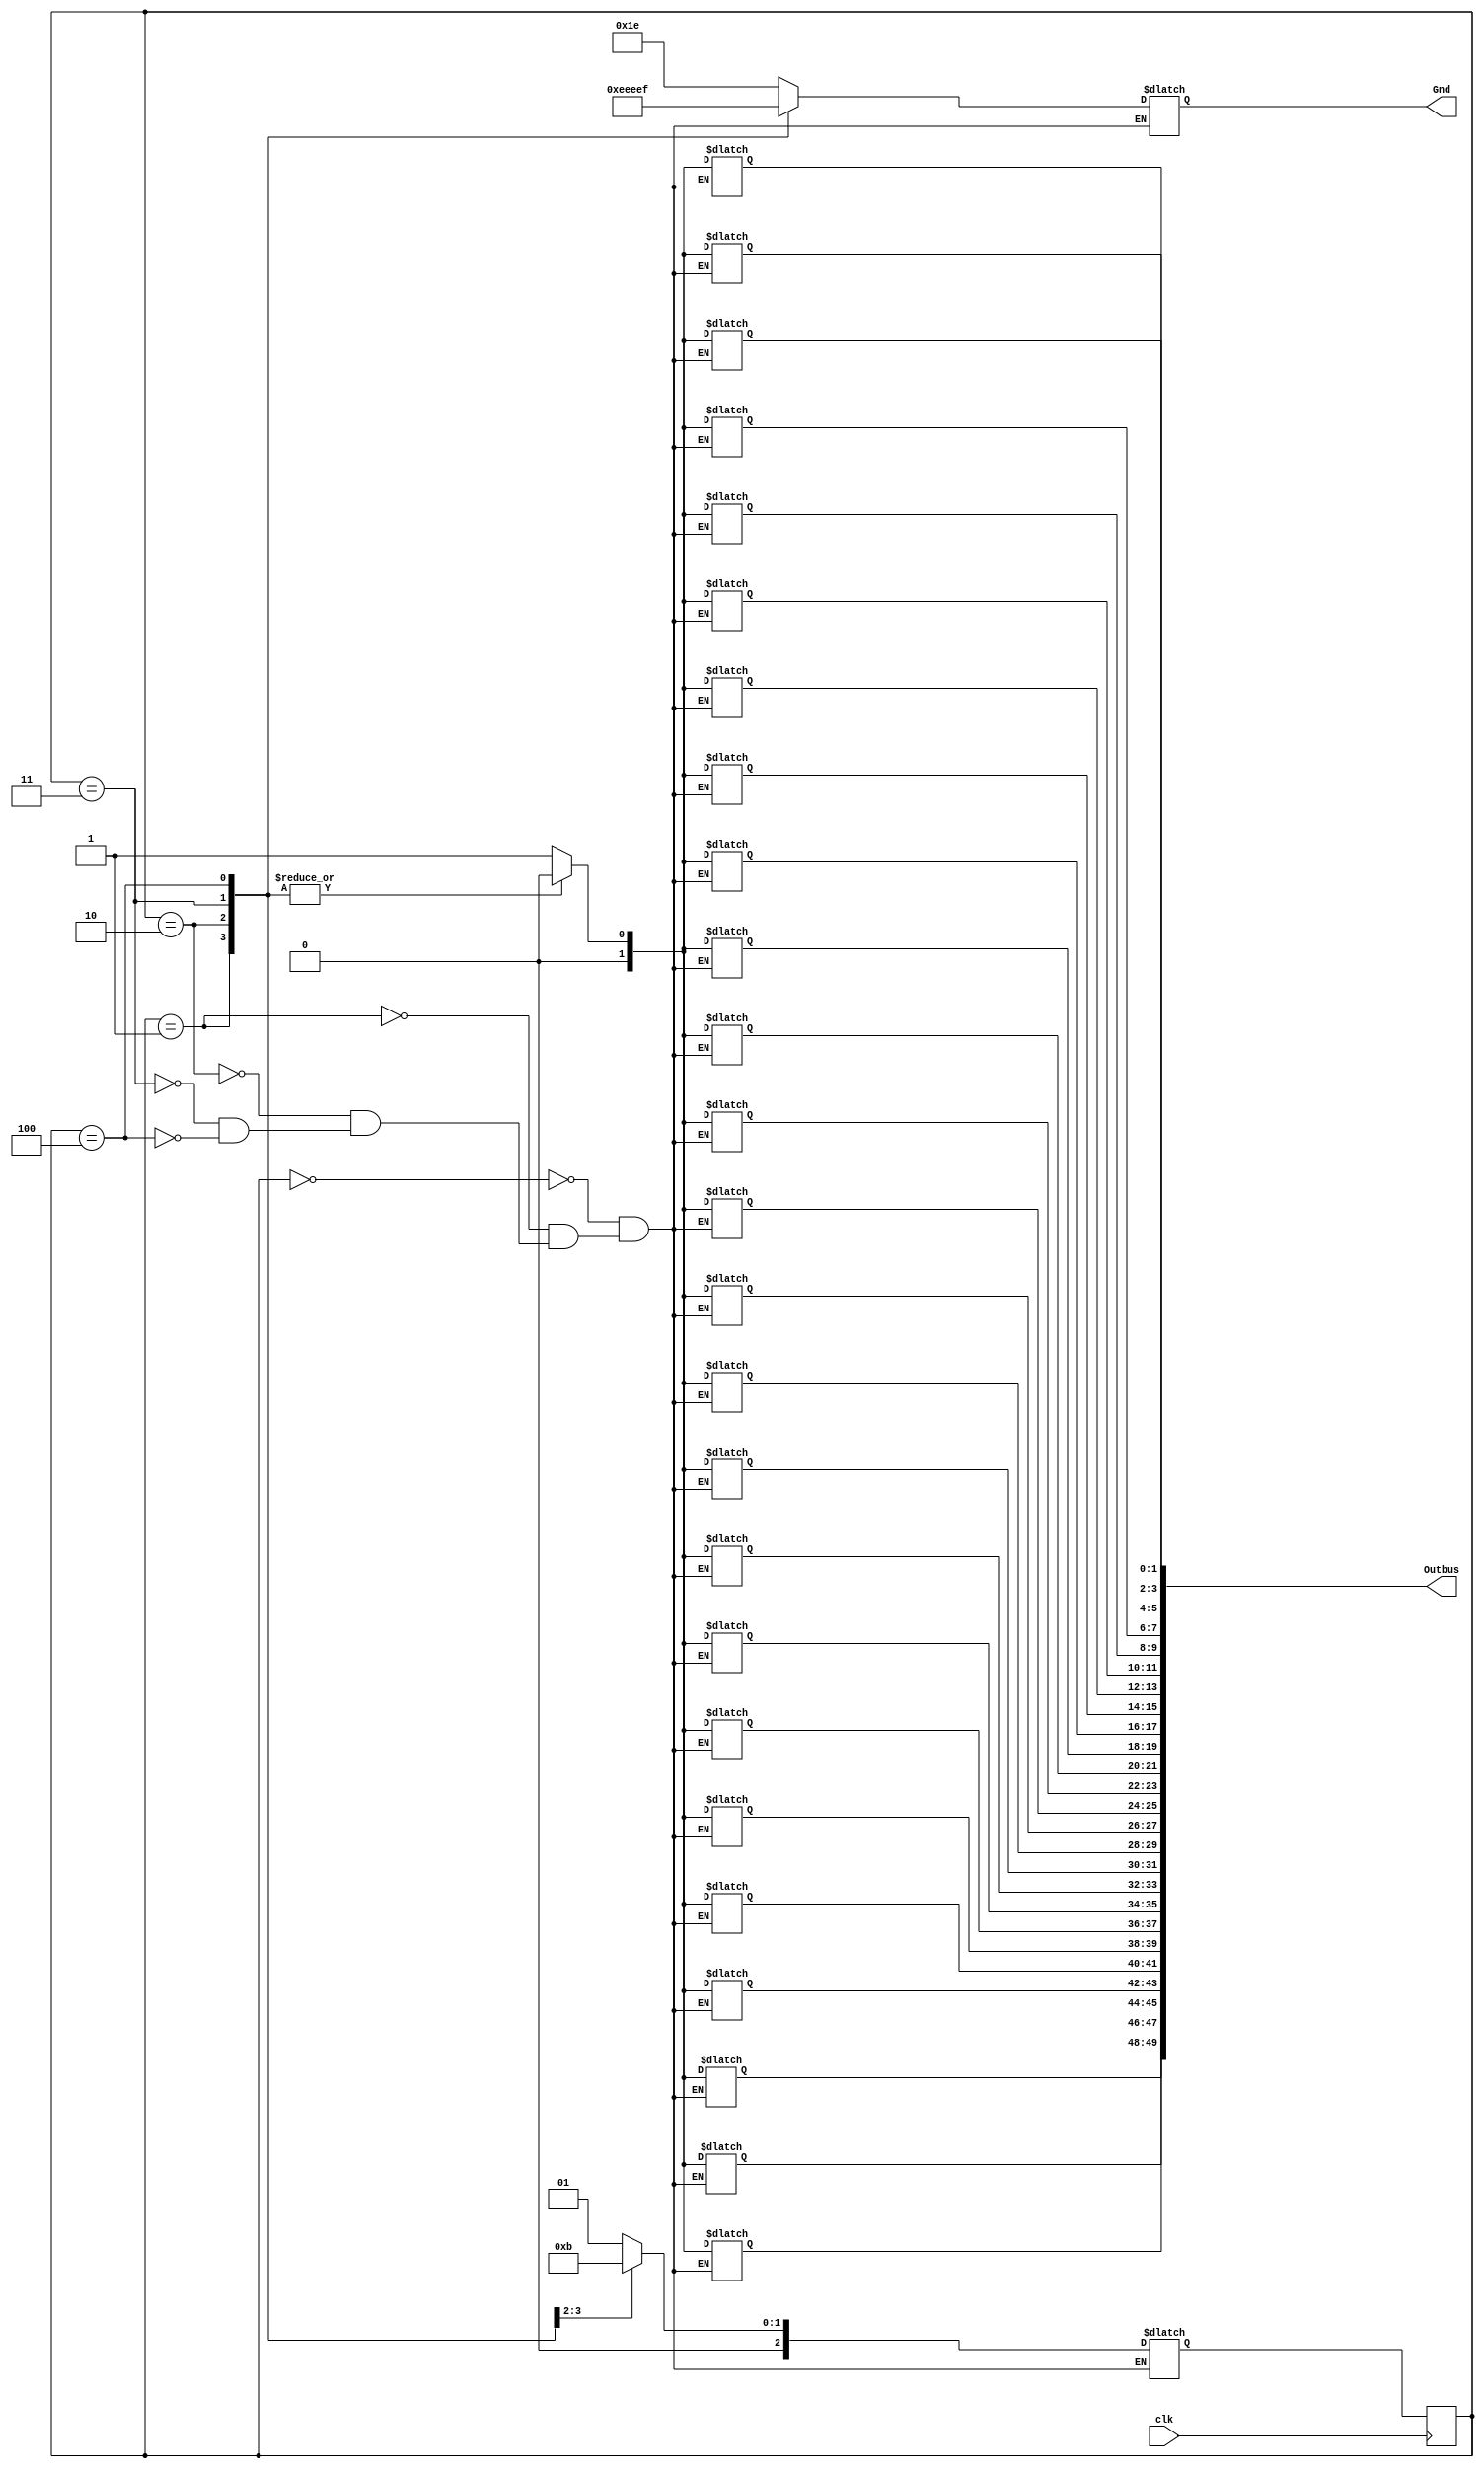
module D0(clk,Outbus,Gnd);
output reg [49:0] Outbus;
output reg [4:0] Gnd;
input clk;

parameter s0 = 4'b000;
parameter s1 = 4'b001;
parameter s2 = 4'b010;
parameter s3 = 4'b011;
parameter s4 = 4'b100;

reg [2:0] ps,ns;

always @ (posedge clk)
begin
ps = ns;
end

always @(*)
begin
case(ps)
s0:begin Outbus[49:48] = 2'b01; Outbus[47:46] = 2'b01; Outbus[45:44] = 2'b01; Outbus[43:42] = 2'b01; Outbus[41:40] = 2'b01;
	 Outbus[39:38] = 2'b01; Outbus[37:36] = 2'b01; Outbus[35:34] = 2'b01; Outbus[33:32] = 2'b01; Outbus[31:30] = 2'b01; 
	 Outbus[29:28] = 2'b01; Outbus[27:26] = 2'b01; Outbus[25:24] = 2'b01; Outbus[23:22] = 2'b01; Outbus[21:20] = 2'b01;
	 Outbus[19:18] = 2'b01; Outbus[17:16] = 2'b01; Outbus[15:14] = 2'b01; Outbus[13:12] = 2'b01; Outbus[11:10] = 2'b01; 
	 Outbus[9:8] = 2'b01; Outbus[7:6] = 2'b01; Outbus[5:4] = 2'b01; Outbus[3:2] = 2'b01; Outbus[1:0] = 2'b01;
	 ns = s1; Gnd = 5'b11110;  end

s1:begin Outbus[49:48] = 2'b00; Outbus[47:46] = 2'b00; Outbus[45:44] = 2'b00; Outbus[43:42] = 2'b00; Outbus[41:40] = 2'b00;
	 Outbus[39:38] = 2'b00; Outbus[37:36] = 2'b00; Outbus[35:34] = 2'b00; Outbus[33:32] = 2'b00; Outbus[31:30] = 2'b00; 
	 Outbus[29:28] = 2'b00; Outbus[27:26] = 2'b00; Outbus[25:24] = 2'b00; Outbus[23:22] = 2'b00; Outbus[21:20] = 2'b00;
	 Outbus[19:18] = 2'b00; Outbus[17:16] = 2'b00; Outbus[15:14] = 2'b00; Outbus[13:12] = 2'b00; Outbus[11:10] = 2'b00; 
	 Outbus[9:8] = 2'b00; Outbus[7:6] = 2'b00; Outbus[5:4] = 2'b00; Outbus[3:2] = 2'b00; Outbus[1:0] = 2'b00;
	 ns = s2; Gnd = 5'b11101;  end

s2:begin Outbus[49:48] = 2'b00; Outbus[47:46] = 2'b00; Outbus[45:44] = 2'b00; Outbus[43:42] = 2'b00; Outbus[41:40] = 2'b00;
	 Outbus[39:38] = 2'b00; Outbus[37:36] = 2'b00; Outbus[35:34] = 2'b00; Outbus[33:32] = 2'b00; Outbus[31:30] = 2'b00; 
	 Outbus[29:28] = 2'b00; Outbus[27:26] = 2'b00; Outbus[25:24] = 2'b00; Outbus[23:22] = 2'b00; Outbus[21:20] = 2'b00;
	 Outbus[19:18] = 2'b00; Outbus[17:16] = 2'b00; Outbus[15:14] = 2'b00; Outbus[13:12] = 2'b00; Outbus[11:10] = 2'b00; 
	 Outbus[9:8] = 2'b00; Outbus[7:6] = 2'b00; Outbus[5:4] = 2'b00; Outbus[3:2] = 2'b00; Outbus[1:0] = 2'b00;
	 ns = s3; Gnd = 5'b11011;  end

s3:begin Outbus[49:48] = 2'b00; Outbus[47:46] = 2'b00; Outbus[45:44] = 2'b00; Outbus[43:42] = 2'b00; Outbus[41:40] = 2'b00;
	 Outbus[39:38] = 2'b00; Outbus[37:36] = 2'b00; Outbus[35:34] = 2'b00; Outbus[33:32] = 2'b00; Outbus[31:30] = 2'b00; 
	 Outbus[29:28] = 2'b00; Outbus[27:26] = 2'b00; Outbus[25:24] = 2'b00; Outbus[23:22] = 2'b00; Outbus[21:20] = 2'b00;
	 Outbus[19:18] = 2'b00; Outbus[17:16] = 2'b00; Outbus[15:14] = 2'b00; Outbus[13:12] = 2'b00; Outbus[11:10] = 2'b00; 
	 Outbus[9:8] = 2'b00; Outbus[7:6] = 2'b00; Outbus[5:4] = 2'b00; Outbus[3:2] = 2'b00; Outbus[1:0] = 2'b00;
	 ns = s1; Gnd = 5'b10111;  end

s4:begin Outbus[49:48] = 2'b00; Outbus[47:46] = 2'b00; Outbus[45:44] = 2'b00; Outbus[43:42] = 2'b00; Outbus[41:40] = 2'b00;
	 Outbus[39:38] = 2'b00; Outbus[37:36] = 2'b00; Outbus[35:34] = 2'b00; Outbus[33:32] = 2'b00; Outbus[31:30] = 2'b00; 
	 Outbus[29:28] = 2'b00; Outbus[27:26] = 2'b00; Outbus[25:24] = 2'b00; Outbus[23:22] = 2'b00; Outbus[21:20] = 2'b00;
	 Outbus[19:18] = 2'b00; Outbus[17:16] = 2'b00; Outbus[15:14] = 2'b00; Outbus[13:12] = 2'b00; Outbus[11:10] = 2'b00; 
	 Outbus[9:8] = 2'b00; Outbus[7:6] = 2'b00; Outbus[5:4] = 2'b00; Outbus[3:2] = 2'b00; Outbus[1:0] = 2'b00;
	 ns = s1; Gnd = 5'b01111;  end
endcase
end

endmodule 
//--------------------------------------------------------------------------------------------------------------------------------------------------------------
module D1(clk,Outbus,Gnd);
output reg [49:0] Outbus;
output reg [4:0] Gnd;
input clk;

parameter s0 = 4'b000;
parameter s1 = 4'b001;
parameter s2 = 4'b010;
parameter s3 = 4'b011;
parameter s4 = 4'b100;

reg [2:0] ps,ns;

always @ (posedge clk)
begin
ps = ns;
end

always @(*)
begin
case(ps)
s0:begin Outbus[49:48] = 2'b00; Outbus[47:46] = 2'b00; Outbus[45:44] = 2'b00; Outbus[43:42] = 2'b00; Outbus[41:40] = 2'b00;
	 Outbus[39:38] = 2'b00; Outbus[37:36] = 2'b00; Outbus[35:34] = 2'b00; Outbus[33:32] = 2'b00; Outbus[31:30] = 2'b00; 
	 Outbus[29:28] = 2'b00; Outbus[27:26] = 2'b00; Outbus[25:24] = 2'b00; Outbus[23:22] = 2'b00; Outbus[21:20] = 2'b00;
	 Outbus[19:18] = 2'b00; Outbus[17:16] = 2'b00; Outbus[15:14] = 2'b00; Outbus[13:12] = 2'b00; Outbus[11:10] = 2'b00; 
	 Outbus[9:8] = 2'b00; Outbus[7:6] = 2'b00; Outbus[5:4] = 2'b00; Outbus[3:2] = 2'b00; Outbus[1:0] = 2'b00;
	 ns = s1; Gnd = 5'b11110;  end

s1:begin Outbus[49:48] = 2'b01; Outbus[47:46] = 2'b01; Outbus[45:44] = 2'b01; Outbus[43:42] = 2'b01; Outbus[41:40] = 2'b01;
	 Outbus[39:38] = 2'b01; Outbus[37:36] = 2'b01; Outbus[35:34] = 2'b01; Outbus[33:32] = 2'b01; Outbus[31:30] = 2'b01; 
	 Outbus[29:28] = 2'b01; Outbus[27:26] = 2'b01; Outbus[25:24] = 2'b01; Outbus[23:22] = 2'b01; Outbus[21:20] = 2'b01;
	 Outbus[19:18] = 2'b01; Outbus[17:16] = 2'b01; Outbus[15:14] = 2'b01; Outbus[13:12] = 2'b01; Outbus[11:10] = 2'b01; 
	 Outbus[9:8] = 2'b01; Outbus[7:6] = 2'b01; Outbus[5:4] = 2'b01; Outbus[3:2] = 2'b01; Outbus[1:0] = 2'b01;
	 ns = s2; Gnd = 5'b11101;  end

s2:begin Outbus[49:48] = 2'b00; Outbus[47:46] = 2'b00; Outbus[45:44] = 2'b00; Outbus[43:42] = 2'b00; Outbus[41:40] = 2'b00;
	 Outbus[39:38] = 2'b00; Outbus[37:36] = 2'b00; Outbus[35:34] = 2'b00; Outbus[33:32] = 2'b00; Outbus[31:30] = 2'b00; 
	 Outbus[29:28] = 2'b00; Outbus[27:26] = 2'b00; Outbus[25:24] = 2'b00; Outbus[23:22] = 2'b00; Outbus[21:20] = 2'b00;
	 Outbus[19:18] = 2'b00; Outbus[17:16] = 2'b00; Outbus[15:14] = 2'b00; Outbus[13:12] = 2'b00; Outbus[11:10] = 2'b00; 
	 Outbus[9:8] = 2'b00; Outbus[7:6] = 2'b00; Outbus[5:4] = 2'b00; Outbus[3:2] = 2'b00; Outbus[1:0] = 2'b00;
	 ns = s3; Gnd = 5'b11011;  end

s3:begin Outbus[49:48] = 2'b00; Outbus[47:46] = 2'b00; Outbus[45:44] = 2'b00; Outbus[43:42] = 2'b00; Outbus[41:40] = 2'b00;
	 Outbus[39:38] = 2'b00; Outbus[37:36] = 2'b00; Outbus[35:34] = 2'b00; Outbus[33:32] = 2'b00; Outbus[31:30] = 2'b00; 
	 Outbus[29:28] = 2'b00; Outbus[27:26] = 2'b00; Outbus[25:24] = 2'b00; Outbus[23:22] = 2'b00; Outbus[21:20] = 2'b00;
	 Outbus[19:18] = 2'b00; Outbus[17:16] = 2'b00; Outbus[15:14] = 2'b00; Outbus[13:12] = 2'b00; Outbus[11:10] = 2'b00; 
	 Outbus[9:8] = 2'b00; Outbus[7:6] = 2'b00; Outbus[5:4] = 2'b00; Outbus[3:2] = 2'b00; Outbus[1:0] = 2'b00;
	 ns = s1; Gnd = 5'b10111;  end

s4:begin Outbus[49:48] = 2'b00; Outbus[47:46] = 2'b00; Outbus[45:44] = 2'b00; Outbus[43:42] = 2'b00; Outbus[41:40] = 2'b00;
	 Outbus[39:38] = 2'b00; Outbus[37:36] = 2'b00; Outbus[35:34] = 2'b00; Outbus[33:32] = 2'b00; Outbus[31:30] = 2'b00; 
	 Outbus[29:28] = 2'b00; Outbus[27:26] = 2'b00; Outbus[25:24] = 2'b00; Outbus[23:22] = 2'b00; Outbus[21:20] = 2'b00;
	 Outbus[19:18] = 2'b00; Outbus[17:16] = 2'b00; Outbus[15:14] = 2'b00; Outbus[13:12] = 2'b00; Outbus[11:10] = 2'b00; 
	 Outbus[9:8] = 2'b00; Outbus[7:6] = 2'b00; Outbus[5:4] = 2'b00; Outbus[3:2] = 2'b00; Outbus[1:0] = 2'b00;
	 ns = s1; Gnd = 5'b01111;  end
endcase
end

endmodule 
//------------------------------------------------------------------------------------------------------------------------------------------------------------
module D2(clk,Outbus,Gnd);
output reg [49:0] Outbus;
output reg [4:0] Gnd;
input clk;

parameter s0 = 4'b000;
parameter s1 = 4'b001;
parameter s2 = 4'b010;
parameter s3 = 4'b011;
parameter s4 = 4'b100;

reg [2:0] ps,ns;

always @ (posedge clk)
begin
ps = ns;
end

always @(*)
begin
case(ps)
s0:begin Outbus[49:48] = 2'b00; Outbus[47:46] = 2'b00; Outbus[45:44] = 2'b00; Outbus[43:42] = 2'b00; Outbus[41:40] = 2'b00;
	 Outbus[39:38] = 2'b00; Outbus[37:36] = 2'b00; Outbus[35:34] = 2'b00; Outbus[33:32] = 2'b00; Outbus[31:30] = 2'b00; 
	 Outbus[29:28] = 2'b00; Outbus[27:26] = 2'b00; Outbus[25:24] = 2'b00; Outbus[23:22] = 2'b00; Outbus[21:20] = 2'b00;
	 Outbus[19:18] = 2'b00; Outbus[17:16] = 2'b00; Outbus[15:14] = 2'b00; Outbus[13:12] = 2'b00; Outbus[11:10] = 2'b00; 
	 Outbus[9:8] = 2'b00; Outbus[7:6] = 2'b00; Outbus[5:4] = 2'b00; Outbus[3:2] = 2'b00; Outbus[1:0] = 2'b00;
	 ns = s1; Gnd = 5'b11110;  end

s1:begin Outbus[49:48] = 2'b00; Outbus[47:46] = 2'b00; Outbus[45:44] = 2'b00; Outbus[43:42] = 2'b00; Outbus[41:40] = 2'b00;
	 Outbus[39:38] = 2'b00; Outbus[37:36] = 2'b00; Outbus[35:34] = 2'b00; Outbus[33:32] = 2'b00; Outbus[31:30] = 2'b00; 
	 Outbus[29:28] = 2'b00; Outbus[27:26] = 2'b00; Outbus[25:24] = 2'b00; Outbus[23:22] = 2'b00; Outbus[21:20] = 2'b00;
	 Outbus[19:18] = 2'b00; Outbus[17:16] = 2'b00; Outbus[15:14] = 2'b00; Outbus[13:12] = 2'b00; Outbus[11:10] = 2'b00; 
	 Outbus[9:8] = 2'b00; Outbus[7:6] = 2'b00; Outbus[5:4] = 2'b00; Outbus[3:2] = 2'b00; Outbus[1:0] = 2'b00;
	 ns = s2; Gnd = 5'b11101;  end

s2:begin Outbus[49:48] = 2'b01; Outbus[47:46] = 2'b01; Outbus[45:44] = 2'b01; Outbus[43:42] = 2'b01; Outbus[41:40] = 2'b01;
	 Outbus[39:38] = 2'b01; Outbus[37:36] = 2'b01; Outbus[35:34] = 2'b01; Outbus[33:32] = 2'b01; Outbus[31:30] = 2'b01; 
	 Outbus[29:28] = 2'b01; Outbus[27:26] = 2'b01; Outbus[25:24] = 2'b01; Outbus[23:22] = 2'b01; Outbus[21:20] = 2'b01;
	 Outbus[19:18] = 2'b01; Outbus[17:16] = 2'b01; Outbus[15:14] = 2'b01; Outbus[13:12] = 2'b01; Outbus[11:10] = 2'b01; 
	 Outbus[9:8] = 2'b01; Outbus[7:6] = 2'b01; Outbus[5:4] = 2'b01; Outbus[3:2] = 2'b01; Outbus[1:0] = 2'b01;
	 ns = s3; Gnd = 5'b11011;  end

s3:begin Outbus[49:48] = 2'b00; Outbus[47:46] = 2'b00; Outbus[45:44] = 2'b00; Outbus[43:42] = 2'b00; Outbus[41:40] = 2'b00;
	 Outbus[39:38] = 2'b00; Outbus[37:36] = 2'b00; Outbus[35:34] = 2'b00; Outbus[33:32] = 2'b00; Outbus[31:30] = 2'b00; 
	 Outbus[29:28] = 2'b00; Outbus[27:26] = 2'b00; Outbus[25:24] = 2'b00; Outbus[23:22] = 2'b00; Outbus[21:20] = 2'b00;
	 Outbus[19:18] = 2'b00; Outbus[17:16] = 2'b00; Outbus[15:14] = 2'b00; Outbus[13:12] = 2'b00; Outbus[11:10] = 2'b00; 
	 Outbus[9:8] = 2'b00; Outbus[7:6] = 2'b00; Outbus[5:4] = 2'b00; Outbus[3:2] = 2'b00; Outbus[1:0] = 2'b00;
	 ns = s1; Gnd = 5'b10111;  end

s4:begin Outbus[49:48] = 2'b00; Outbus[47:46] = 2'b00; Outbus[45:44] = 2'b00; Outbus[43:42] = 2'b00; Outbus[41:40] = 2'b00;
	 Outbus[39:38] = 2'b00; Outbus[37:36] = 2'b00; Outbus[35:34] = 2'b00; Outbus[33:32] = 2'b00; Outbus[31:30] = 2'b00; 
	 Outbus[29:28] = 2'b00; Outbus[27:26] = 2'b00; Outbus[25:24] = 2'b00; Outbus[23:22] = 2'b00; Outbus[21:20] = 2'b00;
	 Outbus[19:18] = 2'b00; Outbus[17:16] = 2'b00; Outbus[15:14] = 2'b00; Outbus[13:12] = 2'b00; Outbus[11:10] = 2'b00; 
	 Outbus[9:8] = 2'b00; Outbus[7:6] = 2'b00; Outbus[5:4] = 2'b00; Outbus[3:2] = 2'b00; Outbus[1:0] = 2'b00;
	 ns = s1; Gnd = 5'b01111;  end
endcase
end

endmodule 
//-----------------------------------------------------------------------------------------------------------------------------------------------------------
module D3(clk,Outbus,Gnd);
output reg [49:0] Outbus;
output reg [4:0] Gnd;
input clk;

parameter s0 = 4'b000;
parameter s1 = 4'b001;
parameter s2 = 4'b010;
parameter s3 = 4'b011;
parameter s4 = 4'b100;

reg [2:0] ps,ns;

always @ (posedge clk)
begin
ps = ns;
end

always @(*)
begin
case(ps)
s0:begin Outbus[49:48] = 2'b00; Outbus[47:46] = 2'b00; Outbus[45:44] = 2'b00; Outbus[43:42] = 2'b00; Outbus[41:40] = 2'b00;
	 Outbus[39:38] = 2'b00; Outbus[37:36] = 2'b00; Outbus[35:34] = 2'b00; Outbus[33:32] = 2'b00; Outbus[31:30] = 2'b00; 
	 Outbus[29:28] = 2'b00; Outbus[27:26] = 2'b00; Outbus[25:24] = 2'b00; Outbus[23:22] = 2'b00; Outbus[21:20] = 2'b00;
	 Outbus[19:18] = 2'b00; Outbus[17:16] = 2'b00; Outbus[15:14] = 2'b00; Outbus[13:12] = 2'b00; Outbus[11:10] = 2'b00; 
	 Outbus[9:8] = 2'b00; Outbus[7:6] = 2'b00; Outbus[5:4] = 2'b00; Outbus[3:2] = 2'b00; Outbus[1:0] = 2'b00;
	 ns = s1; Gnd = 5'b11110;  end

s1:begin Outbus[49:48] = 2'b00; Outbus[47:46] = 2'b00; Outbus[45:44] = 2'b00; Outbus[43:42] = 2'b00; Outbus[41:40] = 2'b00;
	 Outbus[39:38] = 2'b00; Outbus[37:36] = 2'b00; Outbus[35:34] = 2'b00; Outbus[33:32] = 2'b00; Outbus[31:30] = 2'b00; 
	 Outbus[29:28] = 2'b00; Outbus[27:26] = 2'b00; Outbus[25:24] = 2'b00; Outbus[23:22] = 2'b00; Outbus[21:20] = 2'b00;
	 Outbus[19:18] = 2'b00; Outbus[17:16] = 2'b00; Outbus[15:14] = 2'b00; Outbus[13:12] = 2'b00; Outbus[11:10] = 2'b00; 
	 Outbus[9:8] = 2'b00; Outbus[7:6] = 2'b00; Outbus[5:4] = 2'b00; Outbus[3:2] = 2'b00; Outbus[1:0] = 2'b00;
	 ns = s2; Gnd = 5'b11101;  end

s2:begin Outbus[49:48] = 2'b00; Outbus[47:46] = 2'b00; Outbus[45:44] = 2'b00; Outbus[43:42] = 2'b00; Outbus[41:40] = 2'b00;
	 Outbus[39:38] = 2'b00; Outbus[37:36] = 2'b00; Outbus[35:34] = 2'b00; Outbus[33:32] = 2'b00; Outbus[31:30] = 2'b00; 
	 Outbus[29:28] = 2'b00; Outbus[27:26] = 2'b00; Outbus[25:24] = 2'b00; Outbus[23:22] = 2'b00; Outbus[21:20] = 2'b00;
	 Outbus[19:18] = 2'b00; Outbus[17:16] = 2'b00; Outbus[15:14] = 2'b00; Outbus[13:12] = 2'b00; Outbus[11:10] = 2'b00; 
	 Outbus[9:8] = 2'b00; Outbus[7:6] = 2'b00; Outbus[5:4] = 2'b00; Outbus[3:2] = 2'b00; Outbus[1:0] = 2'b00;
	 ns = s3; Gnd = 5'b11011;  end

s3:begin Outbus[49:48] = 2'b01; Outbus[47:46] = 2'b01; Outbus[45:44] = 2'b01; Outbus[43:42] = 2'b01; Outbus[41:40] = 2'b01;
	 Outbus[39:38] = 2'b01; Outbus[37:36] = 2'b01; Outbus[35:34] = 2'b01; Outbus[33:32] = 2'b01; Outbus[31:30] = 2'b01; 
	 Outbus[29:28] = 2'b01; Outbus[27:26] = 2'b01; Outbus[25:24] = 2'b01; Outbus[23:22] = 2'b01; Outbus[21:20] = 2'b01;
	 Outbus[19:18] = 2'b01; Outbus[17:16] = 2'b01; Outbus[15:14] = 2'b01; Outbus[13:12] = 2'b01; Outbus[11:10] = 2'b01; 
	 Outbus[9:8] = 2'b01; Outbus[7:6] = 2'b01; Outbus[5:4] = 2'b01; Outbus[3:2] = 2'b01; Outbus[1:0] = 2'b01;
	 ns = s1; Gnd = 5'b10111;  end

s4:begin Outbus[49:48] = 2'b00; Outbus[47:46] = 2'b00; Outbus[45:44] = 2'b00; Outbus[43:42] = 2'b00; Outbus[41:40] = 2'b00;
	 Outbus[39:38] = 2'b00; Outbus[37:36] = 2'b00; Outbus[35:34] = 2'b00; Outbus[33:32] = 2'b00; Outbus[31:30] = 2'b00; 
	 Outbus[29:28] = 2'b00; Outbus[27:26] = 2'b00; Outbus[25:24] = 2'b00; Outbus[23:22] = 2'b00; Outbus[21:20] = 2'b00;
	 Outbus[19:18] = 2'b00; Outbus[17:16] = 2'b00; Outbus[15:14] = 2'b00; Outbus[13:12] = 2'b00; Outbus[11:10] = 2'b00; 
	 Outbus[9:8] = 2'b00; Outbus[7:6] = 2'b00; Outbus[5:4] = 2'b00; Outbus[3:2] = 2'b00; Outbus[1:0] = 2'b00;
	 ns = s1; Gnd = 5'b01111;  end
endcase
end

endmodule
//-----------------------------------------------------------------------------------------------------------------------------------------------------------
module D4(clk,Outbus,Gnd);
output reg [49:0] Outbus;
output reg [4:0] Gnd;
input clk;

parameter s0 = 4'b000;
parameter s1 = 4'b001;
parameter s2 = 4'b010;
parameter s3 = 4'b011;
parameter s4 = 4'b100;

reg [2:0] ps,ns;

always @ (posedge clk)
begin
ps = ns;
end

always @(*)
begin
case(ps)
s0:begin Outbus[49:48] = 2'b00; Outbus[47:46] = 2'b00; Outbus[45:44] = 2'b00; Outbus[43:42] = 2'b00; Outbus[41:40] = 2'b00;
	 Outbus[39:38] = 2'b00; Outbus[37:36] = 2'b00; Outbus[35:34] = 2'b00; Outbus[33:32] = 2'b00; Outbus[31:30] = 2'b00; 
	 Outbus[29:28] = 2'b00; Outbus[27:26] = 2'b00; Outbus[25:24] = 2'b00; Outbus[23:22] = 2'b00; Outbus[21:20] = 2'b00;
	 Outbus[19:18] = 2'b00; Outbus[17:16] = 2'b00; Outbus[15:14] = 2'b00; Outbus[13:12] = 2'b00; Outbus[11:10] = 2'b00; 
	 Outbus[9:8] = 2'b00; Outbus[7:6] = 2'b00; Outbus[5:4] = 2'b00; Outbus[3:2] = 2'b00; Outbus[1:0] = 2'b00;
	 ns = s1; Gnd = 5'b11110;  end

s1:begin Outbus[49:48] = 2'b00; Outbus[47:46] = 2'b00; Outbus[45:44] = 2'b00; Outbus[43:42] = 2'b00; Outbus[41:40] = 2'b00;
	 Outbus[39:38] = 2'b00; Outbus[37:36] = 2'b00; Outbus[35:34] = 2'b00; Outbus[33:32] = 2'b00; Outbus[31:30] = 2'b00; 
	 Outbus[29:28] = 2'b00; Outbus[27:26] = 2'b00; Outbus[25:24] = 2'b00; Outbus[23:22] = 2'b00; Outbus[21:20] = 2'b00;
	 Outbus[19:18] = 2'b00; Outbus[17:16] = 2'b00; Outbus[15:14] = 2'b00; Outbus[13:12] = 2'b00; Outbus[11:10] = 2'b00; 
	 Outbus[9:8] = 2'b00; Outbus[7:6] = 2'b00; Outbus[5:4] = 2'b00; Outbus[3:2] = 2'b00; Outbus[1:0] = 2'b00;
	 ns = s2; Gnd = 5'b11101;  end

s2:begin Outbus[49:48] = 2'b00; Outbus[47:46] = 2'b00; Outbus[45:44] = 2'b00; Outbus[43:42] = 2'b00; Outbus[41:40] = 2'b00;
	 Outbus[39:38] = 2'b00; Outbus[37:36] = 2'b00; Outbus[35:34] = 2'b00; Outbus[33:32] = 2'b00; Outbus[31:30] = 2'b00; 
	 Outbus[29:28] = 2'b00; Outbus[27:26] = 2'b00; Outbus[25:24] = 2'b00; Outbus[23:22] = 2'b00; Outbus[21:20] = 2'b00;
	 Outbus[19:18] = 2'b00; Outbus[17:16] = 2'b00; Outbus[15:14] = 2'b00; Outbus[13:12] = 2'b00; Outbus[11:10] = 2'b00; 
	 Outbus[9:8] = 2'b00; Outbus[7:6] = 2'b00; Outbus[5:4] = 2'b00; Outbus[3:2] = 2'b00; Outbus[1:0] = 2'b00;
	 ns = s3; Gnd = 5'b11011;  end

s3:begin Outbus[49:48] = 2'b00; Outbus[47:46] = 2'b00; Outbus[45:44] = 2'b00; Outbus[43:42] = 2'b00; Outbus[41:40] = 2'b00;
	 Outbus[39:38] = 2'b00; Outbus[37:36] = 2'b00; Outbus[35:34] = 2'b00; Outbus[33:32] = 2'b00; Outbus[31:30] = 2'b00; 
	 Outbus[29:28] = 2'b00; Outbus[27:26] = 2'b00; Outbus[25:24] = 2'b00; Outbus[23:22] = 2'b00; Outbus[21:20] = 2'b00;
	 Outbus[19:18] = 2'b00; Outbus[17:16] = 2'b00; Outbus[15:14] = 2'b00; Outbus[13:12] = 2'b00; Outbus[11:10] = 2'b00; 
	 Outbus[9:8] = 2'b00; Outbus[7:6] = 2'b00; Outbus[5:4] = 2'b00; Outbus[3:2] = 2'b00; Outbus[1:0] = 2'b00;
	 ns = s1; Gnd = 5'b10111;  end

s4:begin Outbus[49:48] = 2'b01; Outbus[47:46] = 2'b01; Outbus[45:44] = 2'b01; Outbus[43:42] = 2'b01; Outbus[41:40] = 2'b01;
	 Outbus[39:38] = 2'b01; Outbus[37:36] = 2'b01; Outbus[35:34] = 2'b01; Outbus[33:32] = 2'b01; Outbus[31:30] = 2'b01; 
	 Outbus[29:28] = 2'b01; Outbus[27:26] = 2'b01; Outbus[25:24] = 2'b01; Outbus[23:22] = 2'b01; Outbus[21:20] = 2'b01;
	 Outbus[19:18] = 2'b01; Outbus[17:16] = 2'b01; Outbus[15:14] = 2'b01; Outbus[13:12] = 2'b01; Outbus[11:10] = 2'b01; 
	 Outbus[9:8] = 2'b01; Outbus[7:6] = 2'b01; Outbus[5:4] = 2'b01; Outbus[3:2] = 2'b01; Outbus[1:0] = 2'b01;
	 ns = s1; Gnd = 5'b01111;  end
endcase
end

endmodule